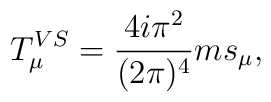
T_{\mu }^{VS}=\frac{4i\pi ^{2}}{(2\pi )^{4}}ms_{\mu },